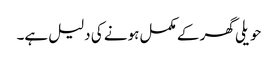
حویلی گھر کے مکمل ہونے کی دلیل ہے۔